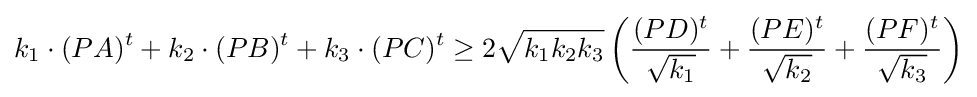
k_{1}\cdot (PA)^{t}+k_{2}\cdot (PB)^{t}+k_{3}\cdot (PC)^{t}\geq 2{\sqrt {k_{1}k_{2}k_{3}}}\left({\frac {(PD)^{t}}{\sqrt {k_{1}}}}+{\frac {(PE)^{t}}{\sqrt {k_{2}}}}+{\frac {(PF)^{t}}{\sqrt {k_{3}}}}\right)